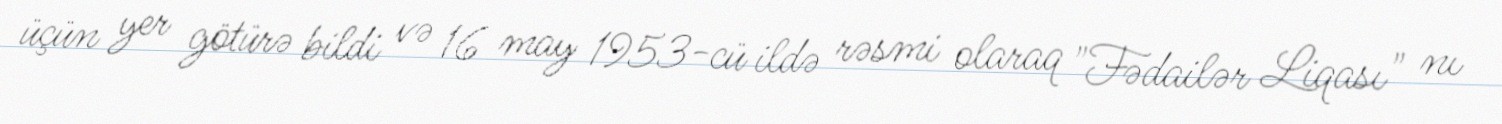
üçün yer götürə bildi və 16 may 1953-cü ildə rəsmi olaraq "Fədailər Liqası" nı